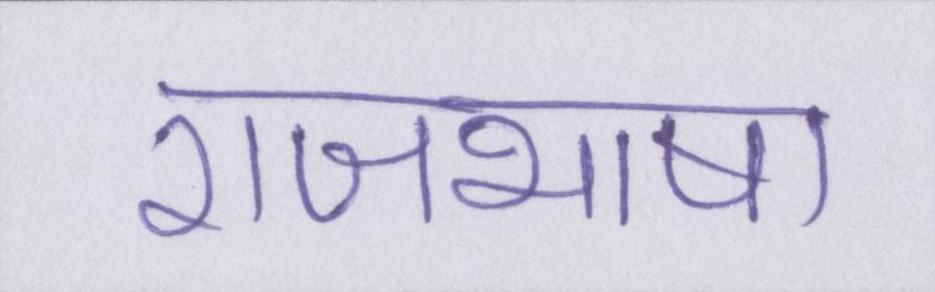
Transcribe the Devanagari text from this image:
राजभाषा